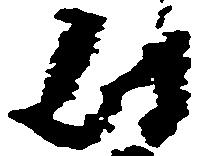
付